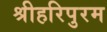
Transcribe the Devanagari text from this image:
श्रीहरिपुरम